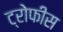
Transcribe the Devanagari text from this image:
ट्रोफीस